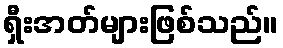
ရှီးအတ်များဖြစ်သည်။